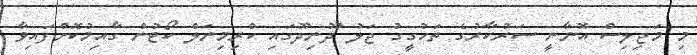
މި މަޖިލިސް އޮނާނީ ސަރުކާރުގެ ތަހުގީގު ޖަލު ދޫނިދޫގައި ކްރިމިނަލް ކޯޓުން ގާއިމުކޮށްފައިވާ